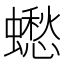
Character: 𧒸